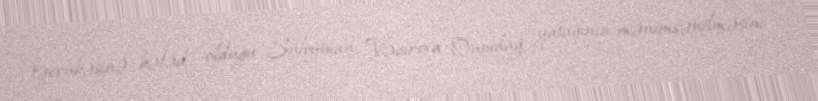
təcrübəsinə bələd olduğu Süleyman Vəzirova Qumdağ yatağının mənimsənilməsini